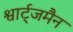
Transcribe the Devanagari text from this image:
श्वार्ट्जमैन